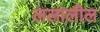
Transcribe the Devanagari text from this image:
ललालील